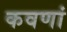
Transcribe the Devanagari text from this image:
कवणां